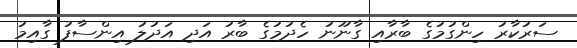
ސަރުކާރު ހިންގުމުގެ ބާރާއި ގާނޫނު ހެދުމުގެ ބާރު އަދި އަދުލު އިންސާފު ގާއިމު